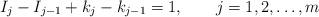
LaTeX: \begin{align*}I_j-I_{j-1}+k_j-k_{j-1}=1,\qquad j=1,2,\ldots,m\end{align*}